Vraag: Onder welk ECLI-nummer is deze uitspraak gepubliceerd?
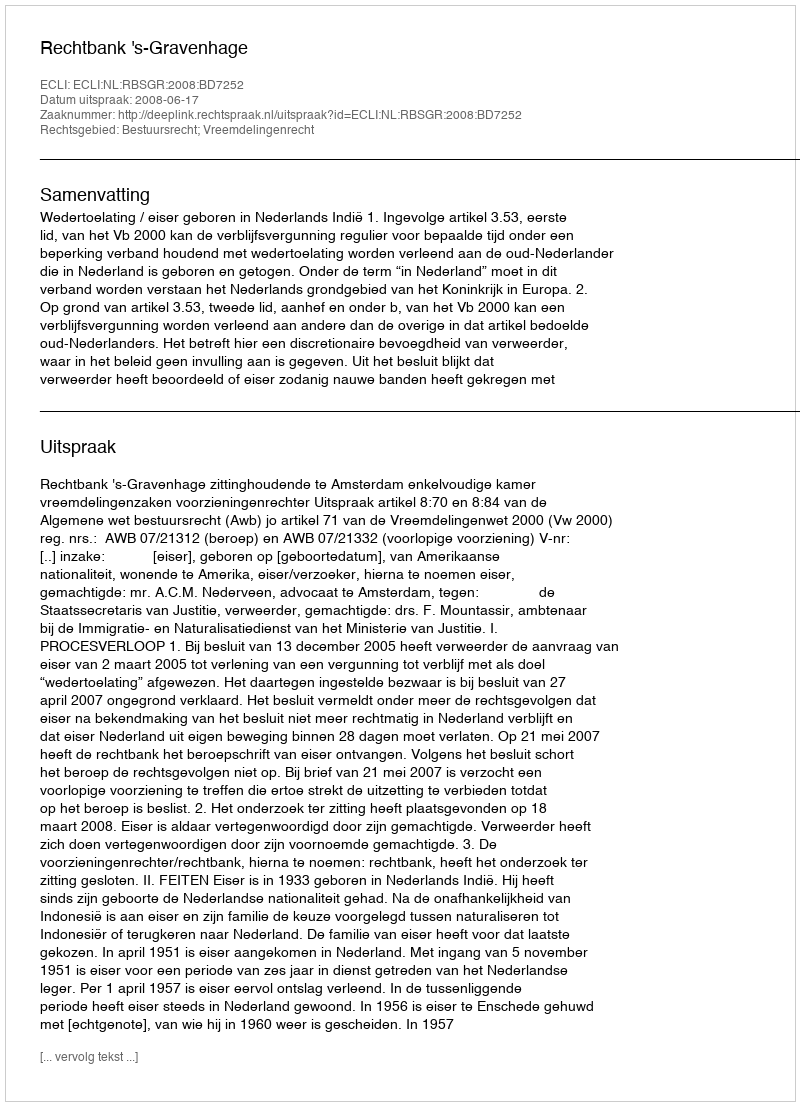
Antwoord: ECLI:NL:RBSGR:2008:BD7252